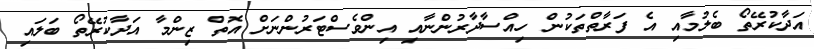
އަދާކުރޭތޯ ބެލުމާއި އެ ފަރާތްތަކުން ހިއްސާދާރުންނާއި އިންވެސްޓަރުންނަށް އޮތް ޒިންމާ އަދާކުރޭތޯ ބަލައި